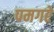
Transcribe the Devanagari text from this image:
पमगरे